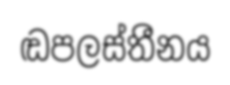
ඬපලස්තීනය